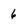
Character: 6